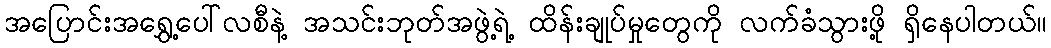
အပြောင်းအရွှေ့ပေါ်လစီနဲ့ အသင်းဘုတ်အဖွဲ့ရဲ့ ထိန်းချုပ်မှုတွေကို လက်ခံသွားဖို့ ရှိနေပါတယ်။